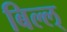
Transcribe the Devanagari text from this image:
बिल्ल्